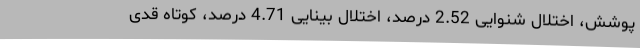
پوشش، اختلال شنوایی 2.52 درصد، اختلال بینایی 4.71 درصد، کوتاه قدی